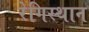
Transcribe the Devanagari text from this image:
रेगिस्थान